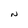
Character: N